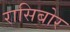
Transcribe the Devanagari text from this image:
रासिबोर